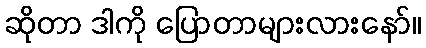
ဆိုတာ ဒါကို ပြောတာများလားနော်။